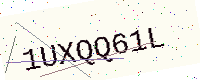
Text: 1UXQQ61L